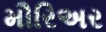
મૌરિઅર